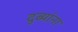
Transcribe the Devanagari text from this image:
दुब्यांना